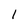
Character: 1